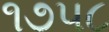
૧૭૫૮